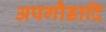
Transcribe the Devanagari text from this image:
अपगौडादि